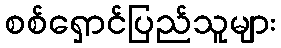
စစ်ရှောင်ပြည်သူများ